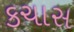
કચાસ